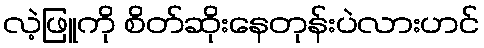
လဲ့ဖြူကို စိတ်ဆိုးနေတုန်းပဲလားဟင်